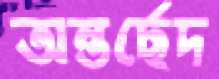
অন্তর্ছেদ